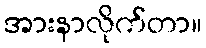
အားနာလိုက်တာ။